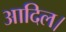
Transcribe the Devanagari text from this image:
आदिल।